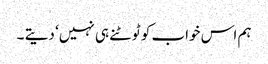
ہم اس خواب کو ٹوٹنے ہی نہیں‘ دیتے ۔